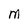
Character: M